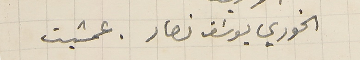
الخوري يوسَف نصار . عمشيت